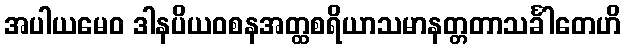
အပါယမေဝ ဒါနပိယဝစနအတ္ထစရိယာသမာနတ္တတာသင်္ခါတေဟိ